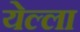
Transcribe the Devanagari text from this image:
येल्ला